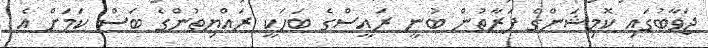
ޖަވާބުގައި ކޮމިޝަންގެ ފަރާތުން ބުނީ ރައީސްގެ ބަހަކީ ރައްޔިތުންގެ ބަސް ކަމަށް އެ